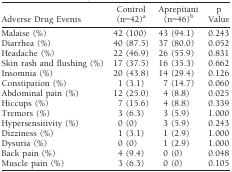
| Adverse Drug Events | Control (n=42)a | Aprepitant (n=46)b | p Value |
 | --- | --- | --- | --- |
 | Malaise (%) | 42 (100) | 43 (94.1) | 0.243 |
 | Diarrhea (%) | 40 (87.5) | 37 (80.0) | 0.052 |
 | Headache (%) | 22 (46.9) | 26 (55.9) | 0.831 |
 | Skin rash and flushing (%) | 17 (37.5) | 16 (35.3) | 0.662 |
 | Insomnia (%) | 20 (43.8) | 14 (29.4) | 0.126 |
 | Constipation (%) | 1 (3.1) | 7 (14.7) | 0.060 |
 | Abdominal pain (%) | 12 (25.0) | 4 (8.8) | 0.025 |
 | Hiccups (%) | 7 (15.6) | 4 (8.8) | 0.339 |
 | Tremors (%) | 3 (6.3) | 3 (5.9) | 1.000 |
 | Hypersensitivity (%) | 0 (0) | 3 (5.9) | 0.243 |
 | Dizziness (%) | 1 (3.1) | 1 (2.9) | 1.000 |
 | Dysuria (%) | 0 (0) | 1 (2.9) | 1.000 |
 | Back pain (%) | 4 (9.4) | 0 (0) | 0.048 |
 | Muscle pain (%) | 3 (6.3) | 0 (0) | 0.105 |